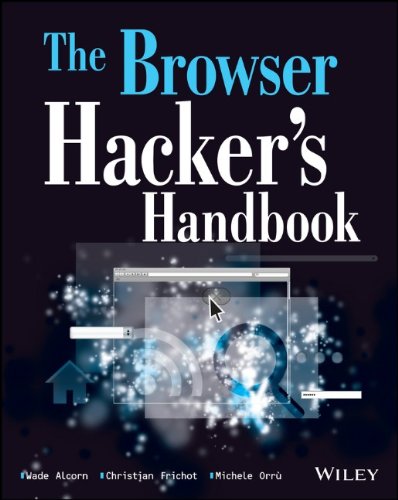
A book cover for The Browser Hacker's Handbook; Wade Alcorn; Computers & Technology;